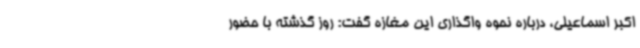
اکبر اسماعیلی، درباره نحوه واگذاری این مغازه گفت: روز گذشته با حضور